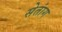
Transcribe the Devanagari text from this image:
सेतांग